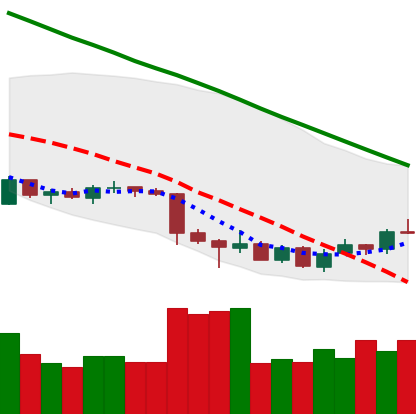
Ticker: LTC-USD
Chart end date: 2018-07-03
Forward return: -3.179%
Label: down_3_5